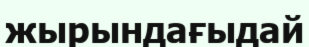
жырындағыдай